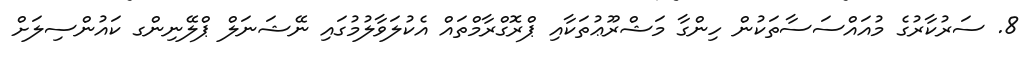
8. ސަރުކާރުގެ މުއައްސަސާތަކުން ހިންގާ މަޝްރޫޢުތަކާއި ޕްރޮގްރާމްތައް އެކުލަވާލުމުގައި ނޭޝަނަލް ޕްލޭނިންގ ކައުންސިލަށް